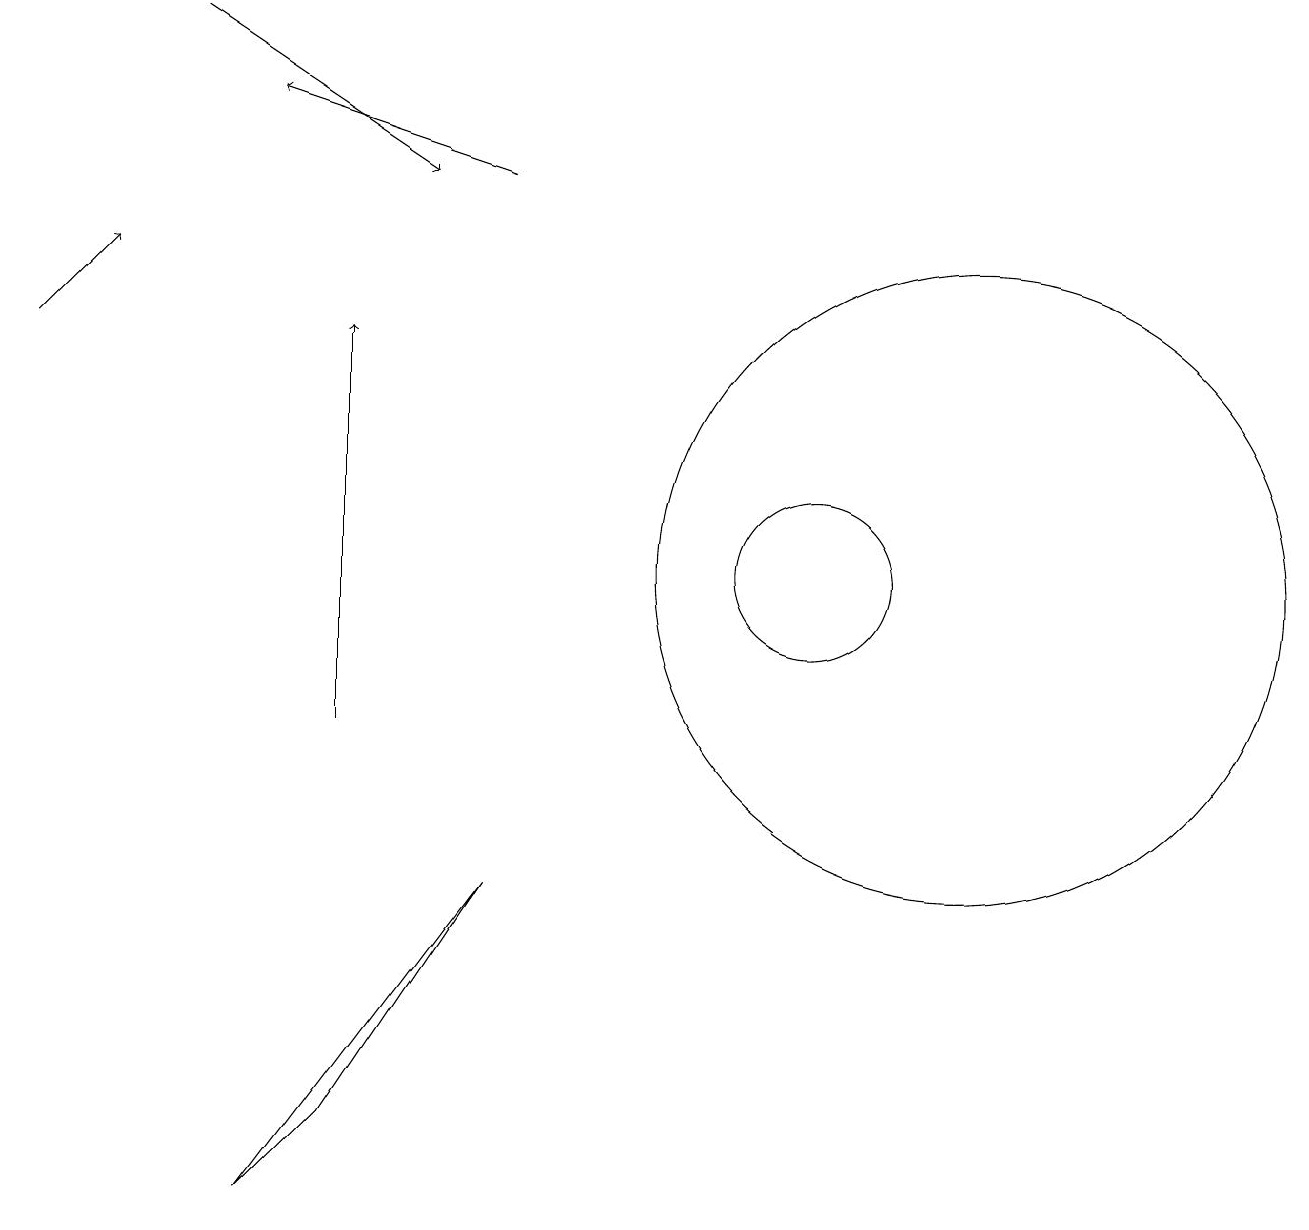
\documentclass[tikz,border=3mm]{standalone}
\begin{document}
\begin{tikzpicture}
\draw[->] (2,19) -- (5,17);
\draw[->] (0,15) -- (1,16);
\draw (12,12) circle (4);
\draw (10,12) circle (1);
\draw[->] (6,17) -- (3,18);
\draw (4,5) -- (3,4) -- (6,8) -- cycle;
\draw[->] (4,10) -- (4,15);
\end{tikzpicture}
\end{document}